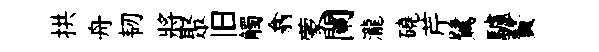
拱舟韧將聚旧觸翕蒙闌瀧磽芹鷺驢贅